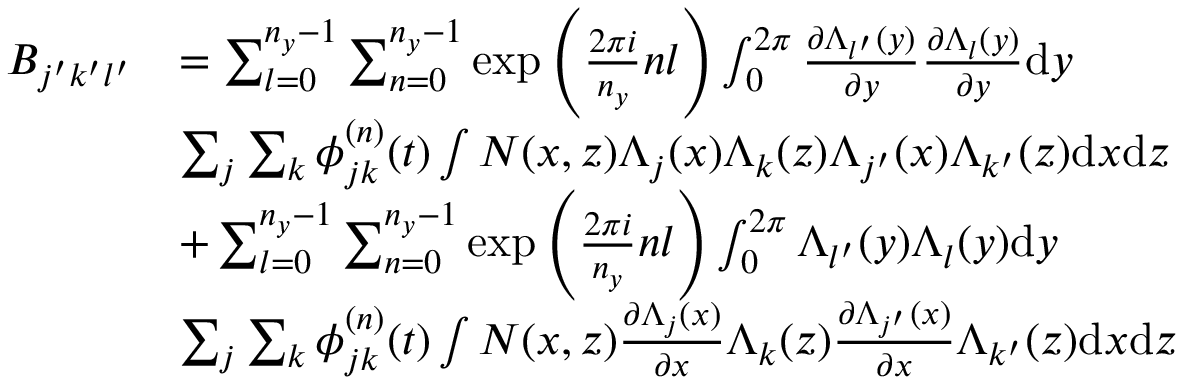
\begin{array} { r l } { B _ { j ^ { \prime } k ^ { \prime } l ^ { \prime } } } & { = \sum _ { l = 0 } ^ { n _ { y } - 1 } \sum _ { n = 0 } ^ { n _ { y } - 1 } \exp { \left( \frac { 2 \pi i } { n _ { y } } n l \right) } \int _ { 0 } ^ { 2 \pi } \frac { \partial \Lambda _ { l ^ { \prime } } ( y ) } { \partial y } \frac { \partial \Lambda _ { l } ( y ) } { \partial y } \mathrm { d } y } \\ & { \sum _ { j } \sum _ { k } \phi _ { j k } ^ { ( n ) } ( t ) \int N ( x , z ) \Lambda _ { j } ( x ) \Lambda _ { k } ( z ) \Lambda _ { j ^ { \prime } } ( x ) \Lambda _ { k ^ { \prime } } ( z ) \mathrm { d } x \mathrm { d } z } \\ & { + \sum _ { l = 0 } ^ { n _ { y } - 1 } \sum _ { n = 0 } ^ { n _ { y } - 1 } \exp { \left( \frac { 2 \pi i } { n _ { y } } n l \right) } \int _ { 0 } ^ { 2 \pi } \Lambda _ { l ^ { \prime } } ( y ) \Lambda _ { l } ( y ) \mathrm { d } y } \\ & { \sum _ { j } \sum _ { k } \phi _ { j k } ^ { ( n ) } ( t ) \int N ( x , z ) \frac { \partial \Lambda _ { j } ( x ) } { \partial x } \Lambda _ { k } ( z ) \frac { \partial \Lambda _ { j ^ { \prime } } ( x ) } { \partial x } \Lambda _ { k ^ { \prime } } ( z ) \mathrm { d } x \mathrm { d } z } \end{array}